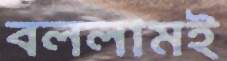
বললামই